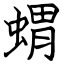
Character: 蝟